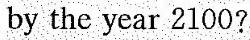
by the year 2100?